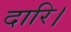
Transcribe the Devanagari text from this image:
दारि।